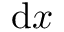
{ \mathrm { d } } x